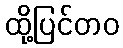
ထို့ပြင်တဝ